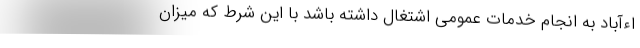
اءآباد به انجام خدمات عمومی اشتغال داشته باشد با این شرط که میزان